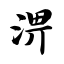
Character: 淠